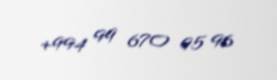
+994 99 670 95 96